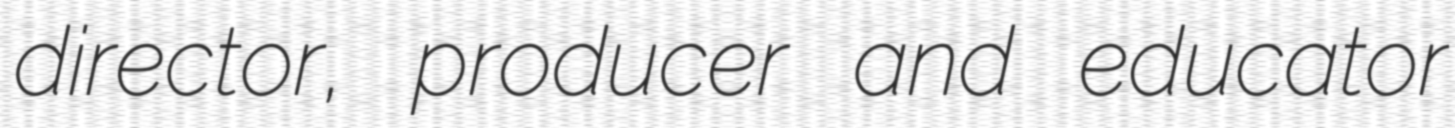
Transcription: director, producer and educator